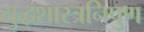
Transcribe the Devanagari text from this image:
युद्धशास्त्रनिपुण